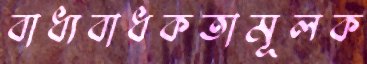
বাধ্যবাধকতামূলক